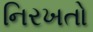
નિરખતો